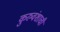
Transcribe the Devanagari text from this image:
कुरुवंशाची